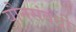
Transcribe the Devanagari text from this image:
यौनसंबंधी